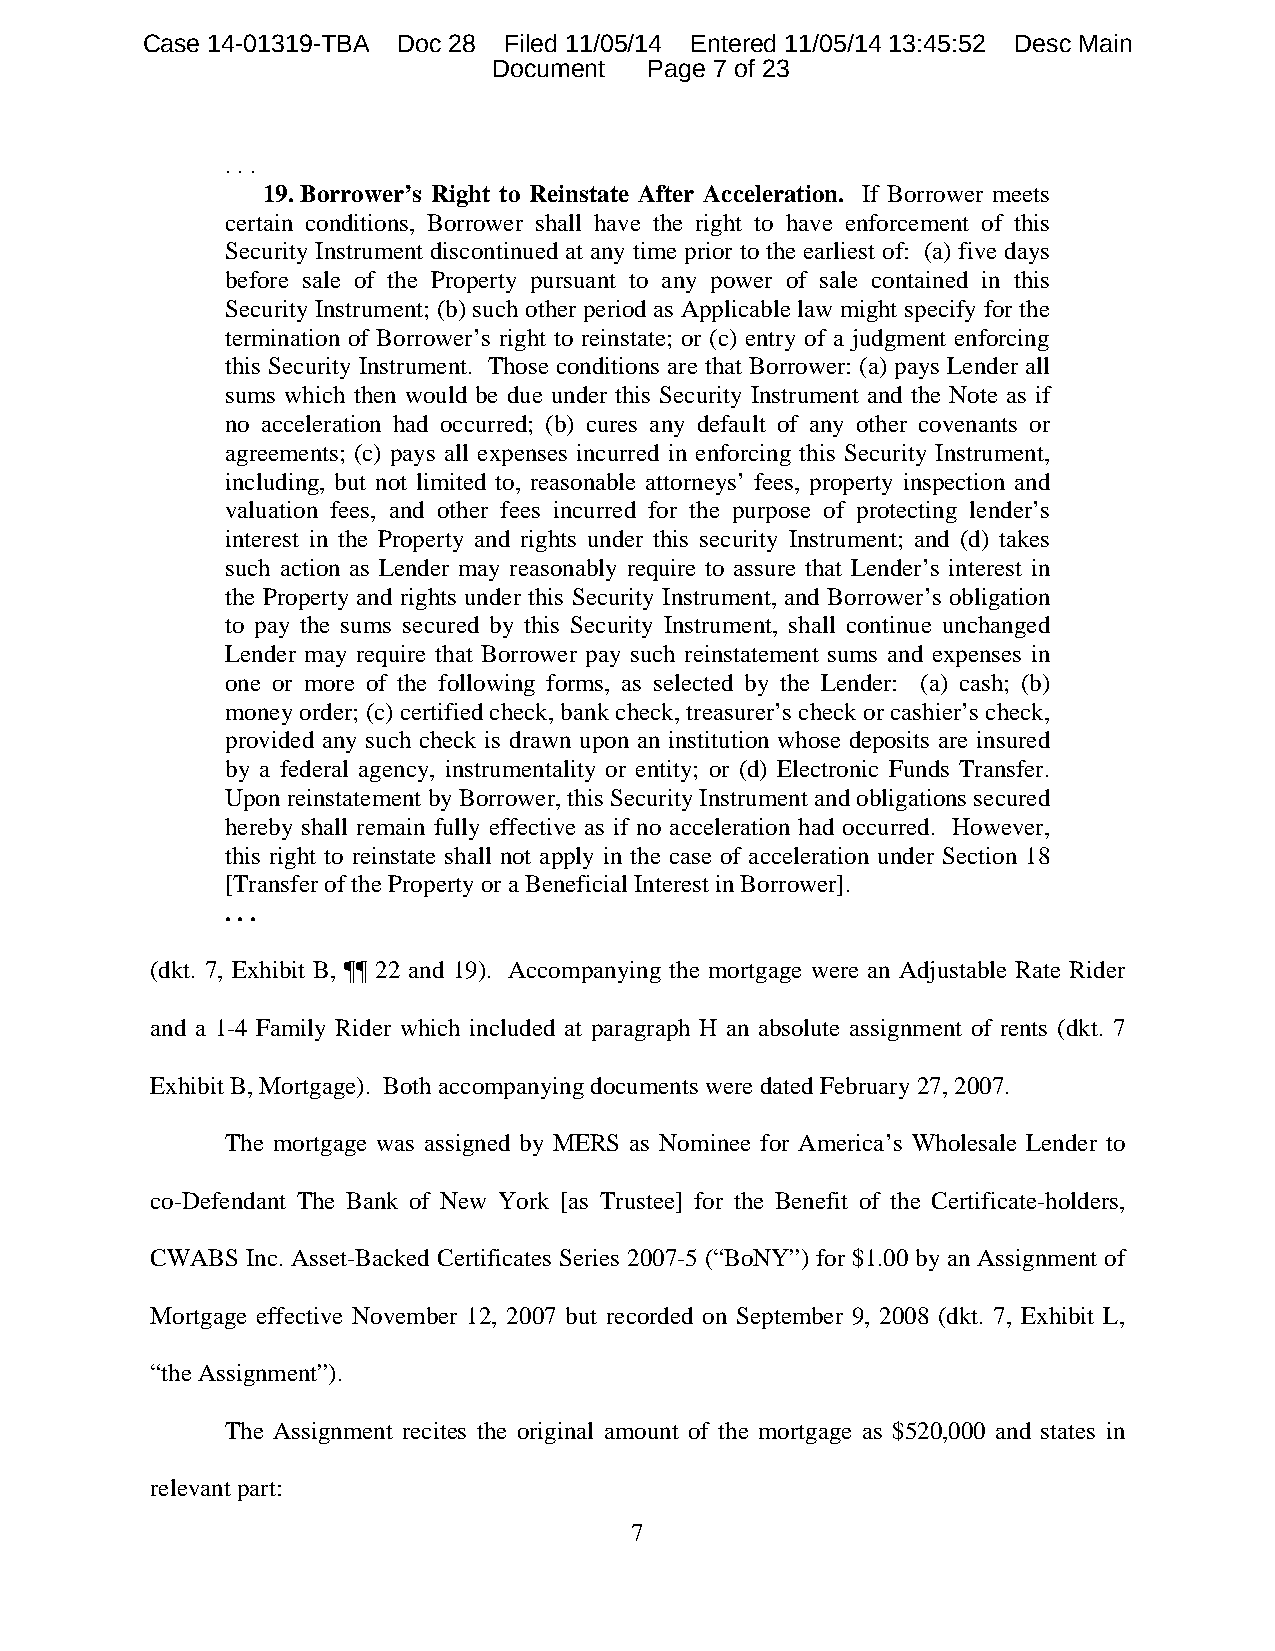
Case 14-01319-TBA Doc 28 Filed 11/05/14 Entered 11/05/14 13:45:52 Desc Main
 Document  Page 7 of 23
 . . .
 19. Borrower’s Right to Reinstate After Acceleration. If Borrower meets
 certain conditions, Borrower shall have the right to have enforcement of this
 Security Instrument discontinued at any time prior to the earliest of: (a) five days
 before sale of the Property pursuant to any power of sale contained in this
 Security Instrument; (b) such other period as Applicable law might specify for the
 termination of Borrower’s right to reinstate; or (c) entry of a judgment enforcing
 this Security Instrument. Those conditions are that Borrower: (a) pays Lender all
 sums which then would be due under this Security Instrument and the Note as if
 no acceleration had occurred; (b) cures any default of any other covenants or
 agreements; (c) pays all expenses incurred in enforcing this Security Instrument,
 including, but not limited to, reasonable attorneys’ fees, property inspection and
 valuation fees, and other fees incurred for the purpose of protecting lender’s
 interest in the Property and rights under this security Instrument; and (d) takes
 such action as Lender may reasonably require to assure that Lender’s interest in
 the Property and rights under this Security Instrument, and Borrower’s obligation
 to pay the sums secured by this Security Instrument, shall continue unchanged
 Lender may require that Borrower pay such reinstatement sums and expenses in
 one or more of the following forms, as selected by the Lender: (a) cash; (b)
 money order; (c) certified check, bank check, treasurer’s check or cashier’s check,
 provided any such check is drawn upon an institution whose deposits are insured
 by a federal agency, instrumentality or entity; or (d) Electronic Funds Transfer.
 Upon reinstatement by Borrower, this Security Instrument and obligations secured
 hereby shall remain fully effective as if no acceleration had occurred. However,
 this right to reinstate shall not apply in the case of acceleration under Section 18
 [Transfer of the Property or a Beneficial Interest in Borrower].
 . . .
 (dkt. 7, Exhibit B, ¶¶ 22 and 19). Accompanying the mortgage were an Adjustable Rate Rider
 and a 1-4 Family Rider which included at paragraph H an absolute assignment of rents (dkt. 7
 Exhibit B, Mortgage). Both accompanying documents were dated February 27, 2007.
 The mortgage was assigned by MERS as Nominee for America’s Wholesale Lender to
 co-Defendant The Bank of New York [as Trustee] for the Benefit of the Certificate-holders,
 CWABS Inc. Asset-Backed Certificates Series 2007-5 (“BoNY”) for $1.00 by an Assignment of
 Mortgage effective November 12, 2007 but recorded on September 9, 2008 (dkt. 7, Exhibit L,
 “the Assignment”).
 The Assignment recites the original amount of the mortgage as $520,000 and states in
 relevant part:
 7